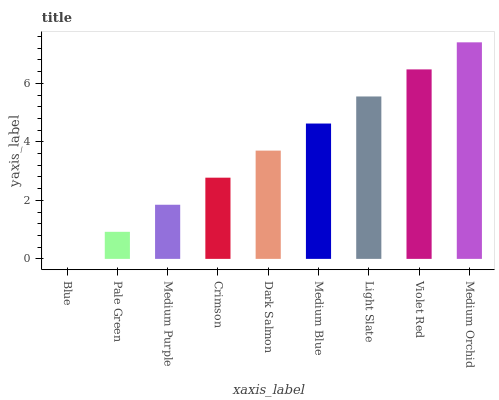
| xaxis_label | bars |
 | --- | --- |
 | Blue | 0 |
 | Pale Green | 0.925 |
 | Medium Purple | 1.85 |
 | Crimson | 2.78 |
 | Dark Salmon | 3.7 |
 | Medium Blue | 4.63 |
 | Light Slate | 5.55 |
 | Violet Red | 6.48 |
 | Medium Orchid | 7.4 |